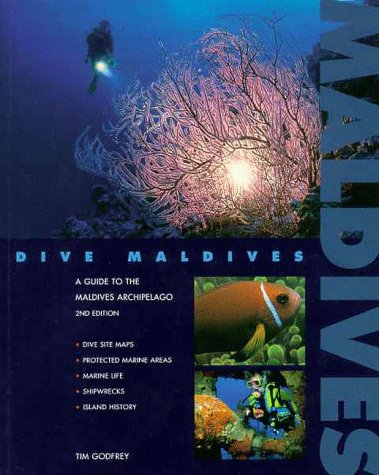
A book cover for Dive Maldives: A Guide to the Maldives Archipelago; Tim, J. Godfrey; Travel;